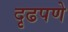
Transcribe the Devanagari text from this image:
दृढपणे